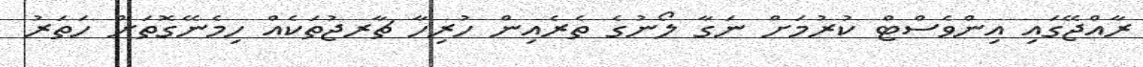
ރާއްޖޭގައި އިންވެސްޓް ކުރުމަށް ނަގާ ލޯނުގެ ތެރެއިން ހުރިހާ ޗާރޖުތަކެއް ހިމެނޭގޮތަށް ހަތަރު